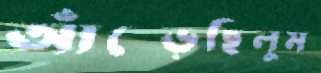
আঁচ্‌ড়েছিলুম